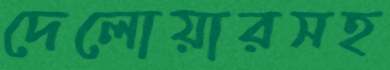
দেলোয়ারসহ